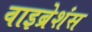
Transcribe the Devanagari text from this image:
वाइब्रेशंस